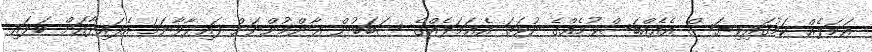
ޢަމަލެއް ކަމުގައިވިޔަސް އެއެއްބަސްވުމެއްގެ ނުވަތަ އެޢަމަލެއްގެ ސަބަބުން ޢާންމުންނަށް ފައިދާވާނަމަ އެފައިދާއަށް ބަލައި